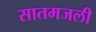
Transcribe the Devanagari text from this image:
सातमजली